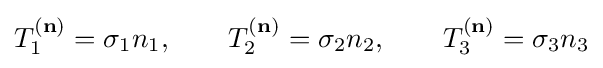
T_{1}^{(\mathbf {n} )}=\sigma _{1}n_{1},\qquad T_{2}^{(\mathbf {n} )}=\sigma _{2}n_{2},\qquad T_{3}^{(\mathbf {n} )}=\sigma _{3}n_{3}